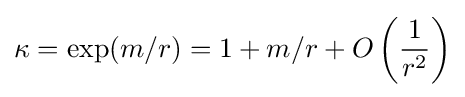
\kappa =\exp(m/r)=1+m/r+O\left({\frac {1}{r^{2}}}\right)